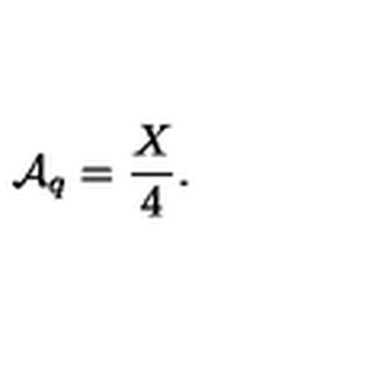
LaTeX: { \cal A } _ { q } = \frac { X } { 4 } .